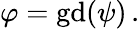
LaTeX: \varphi=\operatorname{gd}(\psi)\, .